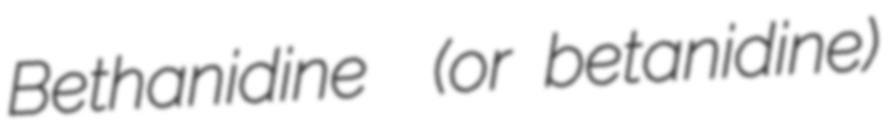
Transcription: Bethanidine  (or betanidine)